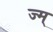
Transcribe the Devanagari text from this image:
ज्म्